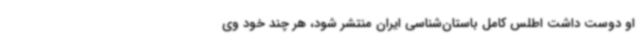
او دوست داشت اطلس کامل باستان‌شناسی ایران منتشر شود، هر چند خود وی